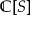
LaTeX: \mathbb { C } [ S ]